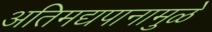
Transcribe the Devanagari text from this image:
अतिमद्यपानामुळे